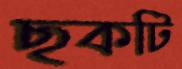
ছকটি